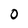
Character: O